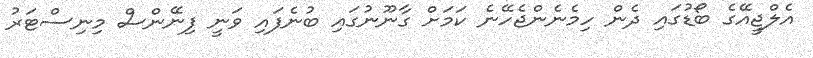
އެލްޖީއޭގެ ބޯޑުގައި ދެން ހިމެނެންޖެހޭނެ ކަމަށް ގާނޫނުގައި ބުނެފައި ވަނީ ފިނޭންސް މިނިސްޓަރު